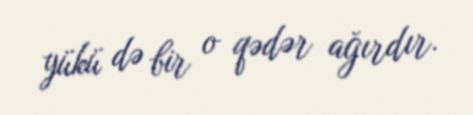
yükü də bir o qədər ağırdır.